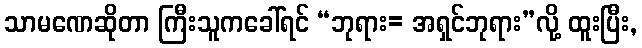
သာမဏေဆိုတာ ကြီးသူကခေါ်ရင် “ဘုရား= အရှင်ဘုရား”လို့ ထူးပြီး,